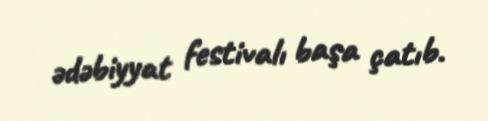
ədəbiyyat festivalı başa çatıb.